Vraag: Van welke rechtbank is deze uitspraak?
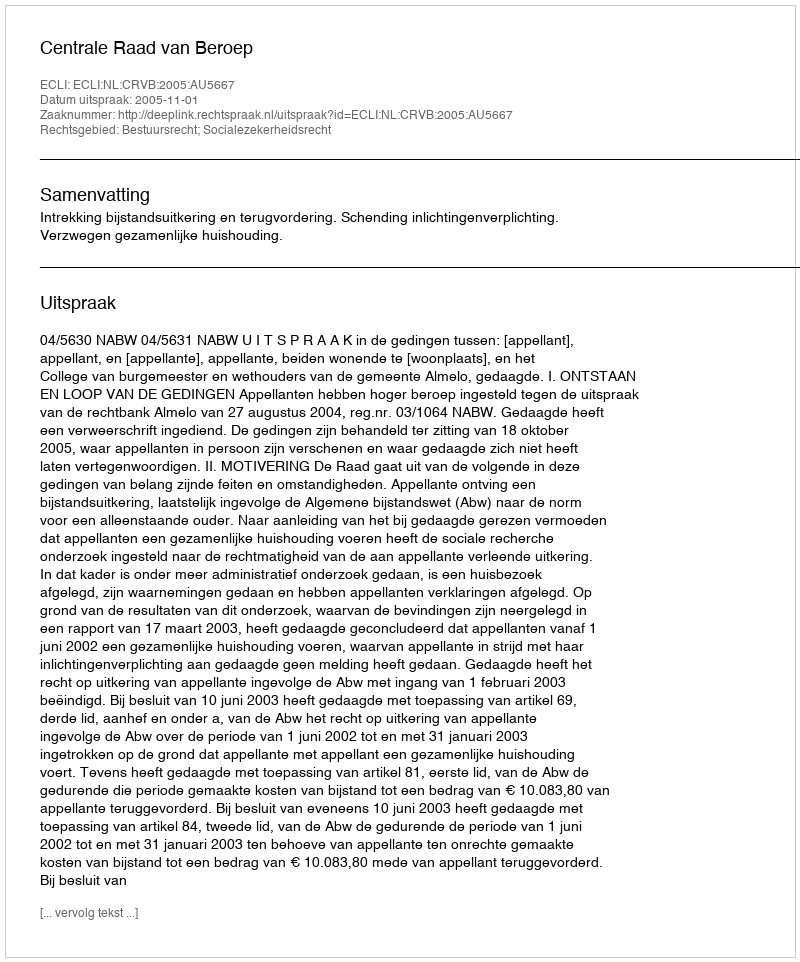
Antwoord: Centrale Raad van Beroep